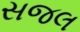
સજલ